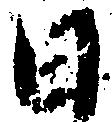
日